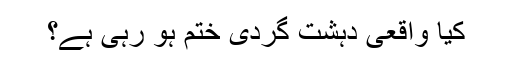
کیا واقعی دہشت گردی ختم ہو رہی ہے؟